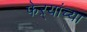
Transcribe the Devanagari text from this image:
फेऱ्यांच्या